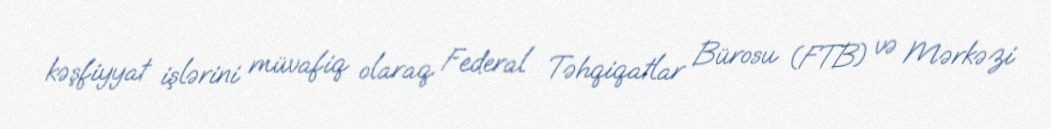
kəşfiyyat işlərini müvafiq olaraq Federal Təhqiqatlar Bürosu (FTB) və Mərkəzi